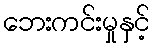
ဘေးကင်းမှုနှင့်